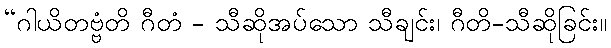
“ဂါယိတဗ္ဗံတိ ဂီတံ - သီဆိုအပ်သော သီချင်း၊ ဂီတိ-သီဆိုခြင်း။